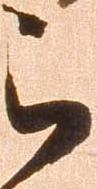
被